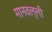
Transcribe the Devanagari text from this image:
मानवल्ली